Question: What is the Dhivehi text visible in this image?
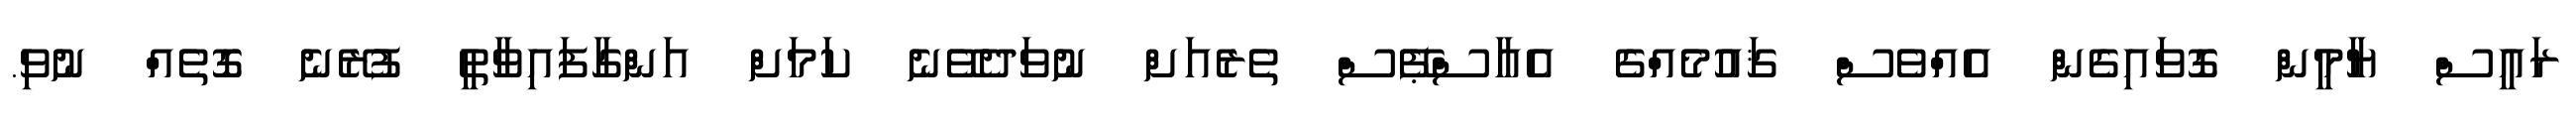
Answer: ރައީސް ޔާމީން ގޮވައިގެން އެއްވެސް ޤައުމެއްގެ އެއާސްޕޭސް ތެރެއަށް ނުވަދެވޭނެ ކަމަށް އަންގާފައިވާތީ ފުރޭނެ ގޮތެއް ނުވި.